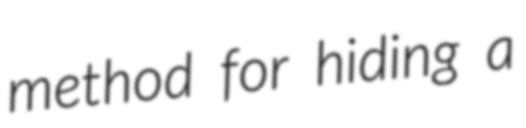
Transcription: method for hiding a